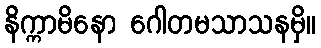
နိက္ကာမိနော ဂေါတမသာသနမှိ။